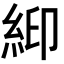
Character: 𬗉